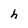
Character: h